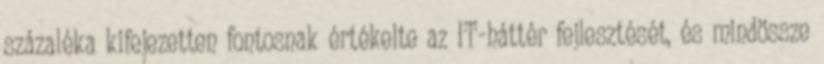
százaléka kifejezetten fontosnak értékelte az IT-háttér fejlesztését, és mindössze